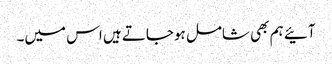
آئیے ہم بھی شامل ہوجاتے ہیں اس میں۔